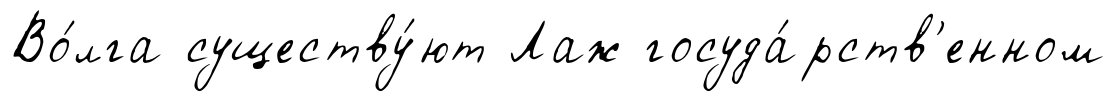
Во́лга существу́ют Лаж госуда́рств'енном